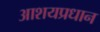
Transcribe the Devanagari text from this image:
आशयप्रधान